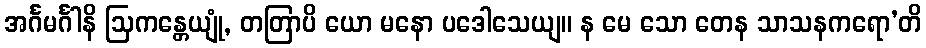
အင်္ဂမင်္ဂါနိ ဩကန္တေယျုံ, တတြာပိ ယော မနော ပဒေါသေယျ။ န မေ သော တေန သာသနကရော’တိ